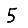
Digit: 5